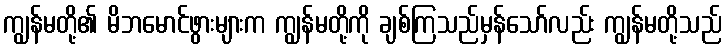
ကျွန်မတို့၏ မိဘမောင်ဖွားများက ကျွန်မတို့ကို ချစ်ကြသည်မှန်သော်လည်း ကျွန်မတို့သည်